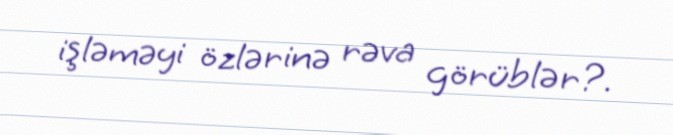
işləməyi özlərinə rəva görüblər?.